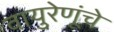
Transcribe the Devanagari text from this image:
वायुरेणूंचे